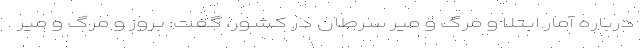
درباره آمار ابتلا و مرگ و میر سرطان در کشور، گفت: بروز و مرگ و میر